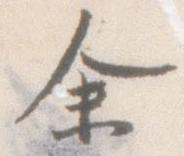
余